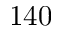
1 4 0